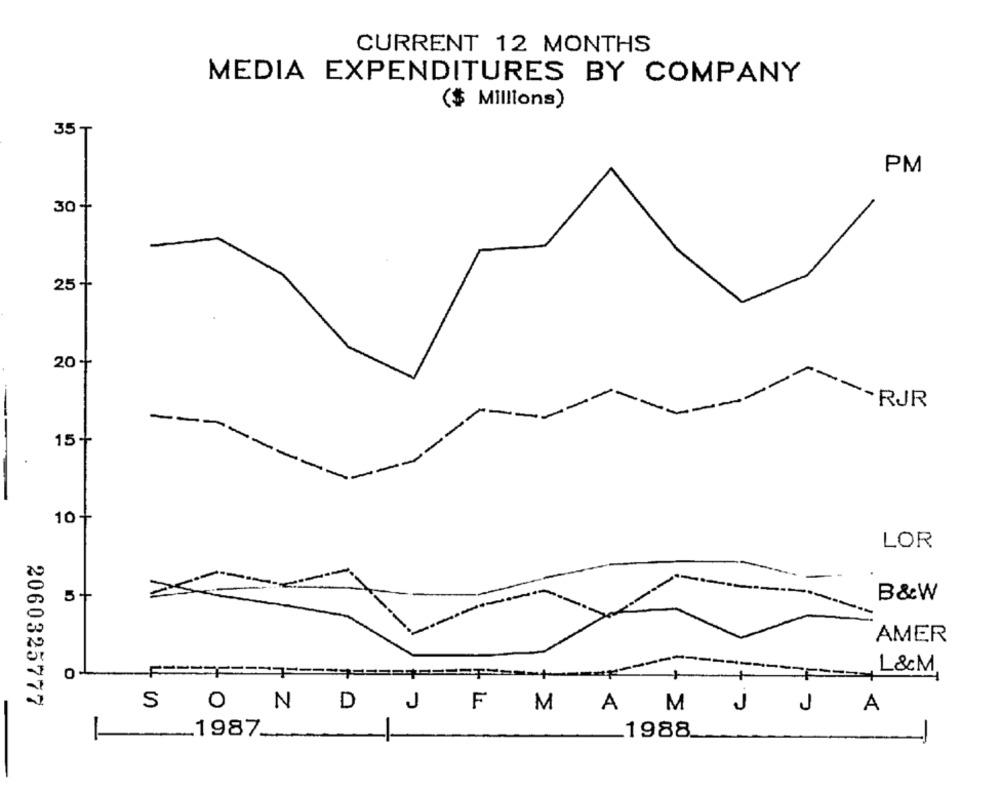
CURRENT 12 MONTHS
MEDIA EXPENDITURES BY COMPANY
($ Millions)
35₸
PM
30+
25+
20
· RJR
15+
----
10+
LOR
5+
B&W
AMER
===== P
L&M
O
2060325777
S O
NDJFMA
M
J
J
A
_1987_
1988